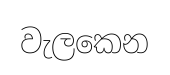
වැලකෙන